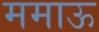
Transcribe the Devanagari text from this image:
ममाऊ